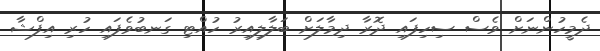
ދެމީހުންނަށް ވެސް ސިހިފައި ދޮރާ ދިމާލަށް ބަލާލިއިރު ހުއްޓި ގަނބުވެފައި ހުރި އިފްޝާ